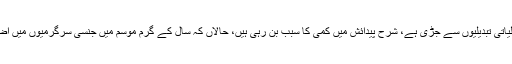
حدت کی لہر، جو ماحولیاتی تبدیلیوں سے جڑی ہے، شرح پیدائش میں کمی کا سبب بن رہی ہیں، حالاں کہ سال کے گرم موسم میں جنسی سرگرمیوں میں اضافہ ریکارڈ کیا گیا ہے۔